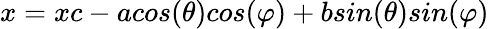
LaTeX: x=xc-acos(\theta)cos(\varphi)+bsin(\theta)sin(\varphi)